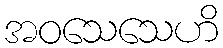
အဝသေသေဟိ